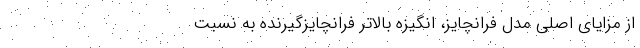
از مزایای اصلی مدل فرانچایز، انگیزه بالاتر فرانچایزگیرنده به نسبت